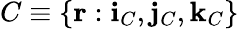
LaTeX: C\equiv\{ \mathbf{r}:\mathbf{i}_{C},\mathbf{j}_{C},\mathbf{k}_{C}\}